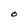
Character: O